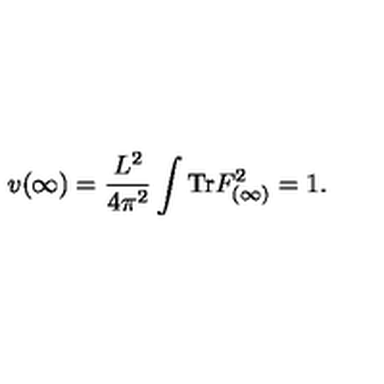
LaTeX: v ( \infty ) = \frac { L ^ { 2 } } { 4 \pi ^ { 2 } } \int \mathrm { T r } F _ { ( \infty ) } ^ { 2 } = 1 .